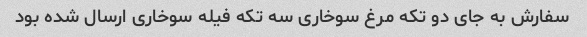
سفارش به جای دو تکه مرغ سوخاری سه تکه فیله سوخاری ارسال شده بود